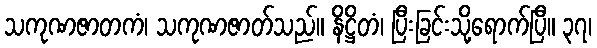
သကုဏဇာတကံ၊ သကုဏဇာတ်သည်။ နိဋ္ဌိတံ၊ ပြီးခြင်းသို့ရောက်ပြီ။ ၃၇၊